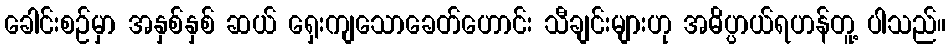
ခေါင်းစဉ်မှာ အနှစ်နှစ် ဆယ် ရှေးကျသောခေတ်ဟောင်း သီချင်းများဟု အဓိပ္ပာယ်ရဟန်တူ့ ပါသည်။